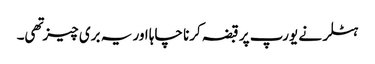
ہٹلر نے یورپ پر قبضہ کرنا چاہا اور یہ بری چیز تهی۔